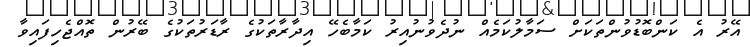
އޭރު އެ ކަންބޮޑުވުންތަކަށް ސަމާލުކަމެއް ނުދެވުނުއިރު ކަމާބެހޭ އިދާރާތަކުގެ ރާޑަރުތަކުގެ ބޭރުން ތޮއްޖެހިފައިވާ